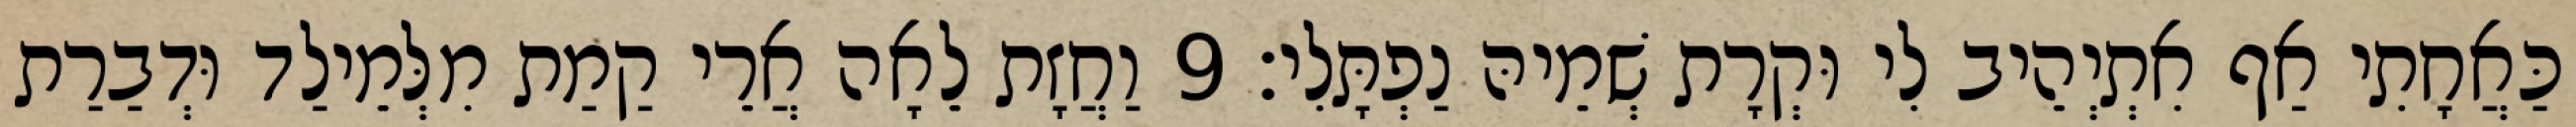
כַּאֲחָתִי אַף אִתְיְהֵיב לִי וּקְרָת שְׁמֵיהּ נַפְתָּלִי׃ 9 וַחֲזָת לֵאָה אֲרֵי קַמַת מִלְּמֵילַד וּדְבַרַת